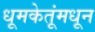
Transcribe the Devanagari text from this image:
धूमकेतूंमधून